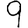
Digit: 9